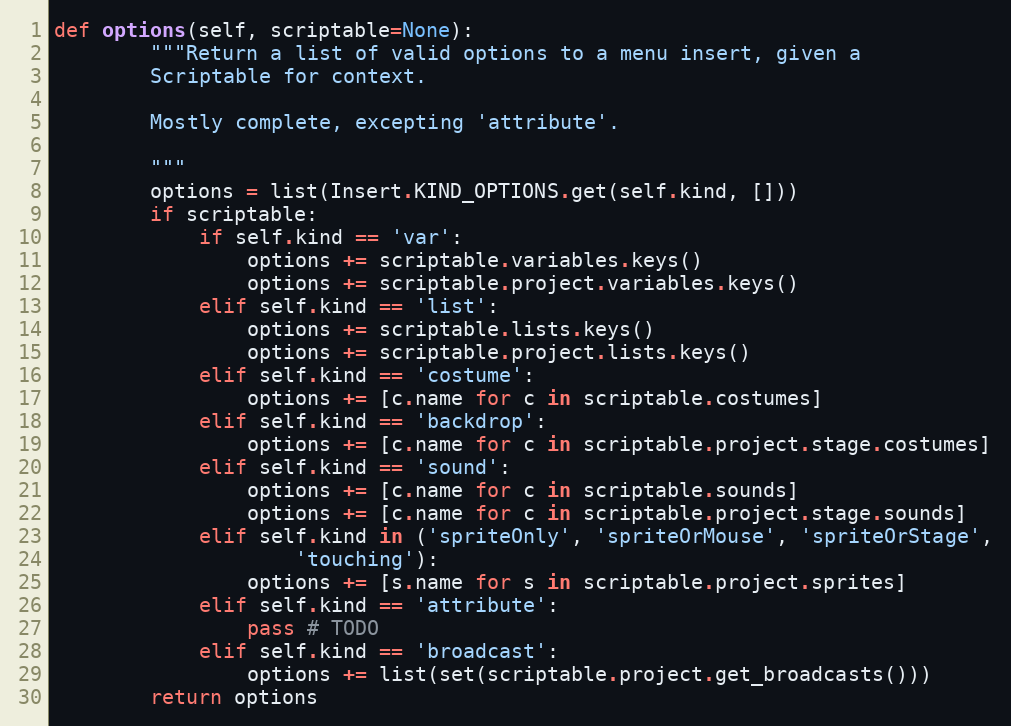
Language: Python
def options(self, scriptable=None):
        """Return a list of valid options to a menu insert, given a
        Scriptable for context.

        Mostly complete, excepting 'attribute'.

        """
        options = list(Insert.KIND_OPTIONS.get(self.kind, []))
        if scriptable:
            if self.kind == 'var':
                options += scriptable.variables.keys()
                options += scriptable.project.variables.keys()
            elif self.kind == 'list':
                options += scriptable.lists.keys()
                options += scriptable.project.lists.keys()
            elif self.kind == 'costume':
                options += [c.name for c in scriptable.costumes]
            elif self.kind == 'backdrop':
                options += [c.name for c in scriptable.project.stage.costumes]
            elif self.kind == 'sound':
                options += [c.name for c in scriptable.sounds]
                options += [c.name for c in scriptable.project.stage.sounds]
            elif self.kind in ('spriteOnly', 'spriteOrMouse', 'spriteOrStage',
                    'touching'):
                options += [s.name for s in scriptable.project.sprites]
            elif self.kind == 'attribute':
                pass # TODO
            elif self.kind == 'broadcast':
                options += list(set(scriptable.project.get_broadcasts()))
        return options